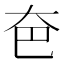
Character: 夿